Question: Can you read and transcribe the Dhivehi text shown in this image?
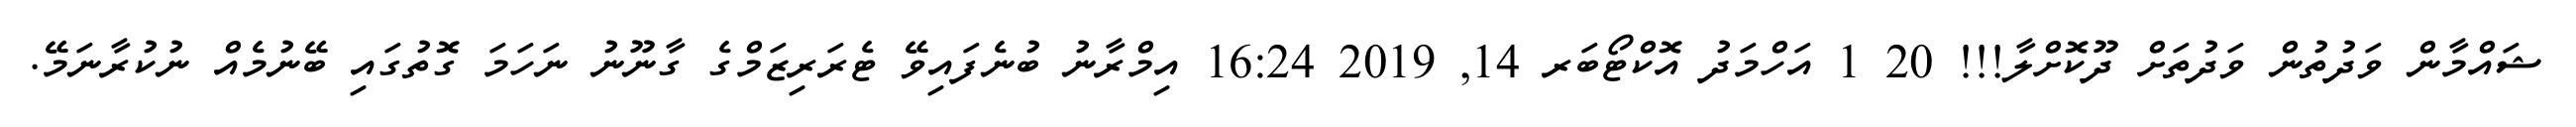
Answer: ޝައްމާން ވަދުތުން ވަދުތަށް ދޫކޮށްލާ!!! 20 1 އަހްމަދު އޮކްޓޯބަރ 14, 2019 16:24 އިމްރާނު ބުނެފައިވޭ ޓެރަރިޒަމްގެ ގާނޫނު ނަހަމަ ގޮތުގައި ބޭނުމެއް ނުކުރާނަމޭ.